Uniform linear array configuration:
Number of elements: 8
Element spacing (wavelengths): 0.5
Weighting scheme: cosine
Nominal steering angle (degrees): -15
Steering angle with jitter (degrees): -14.258
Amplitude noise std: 0.05
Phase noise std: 0.05

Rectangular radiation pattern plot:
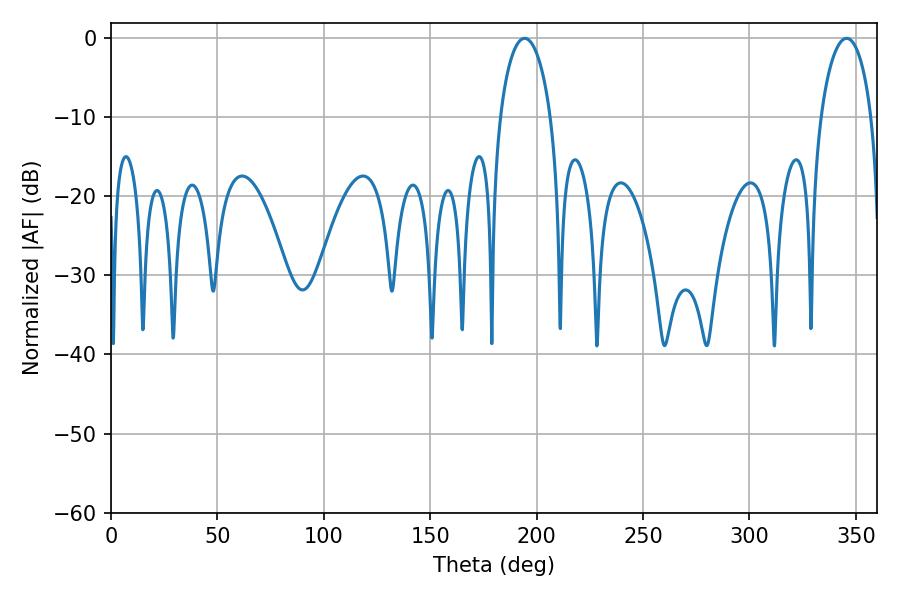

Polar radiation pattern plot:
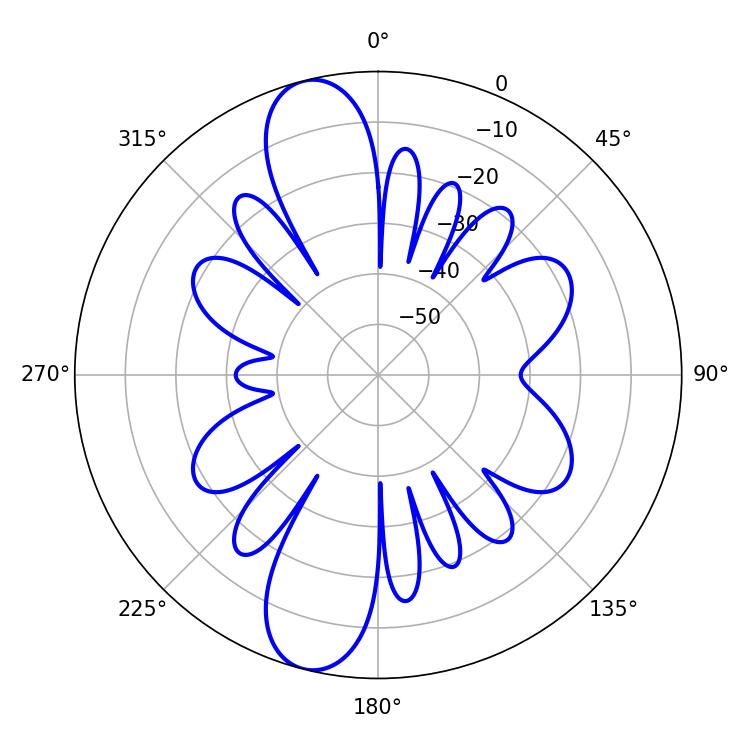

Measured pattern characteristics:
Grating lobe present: FALSE
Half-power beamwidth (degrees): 13.68
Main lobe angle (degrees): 345.6